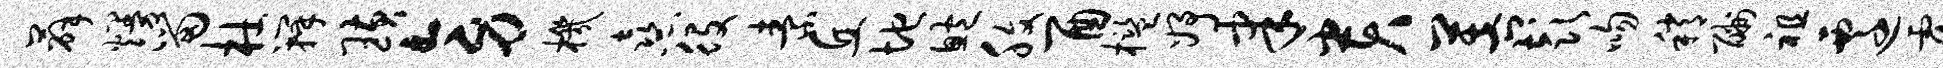
薛熳留杜瓣璜旁机熹役素丘地鲍腹酉槛妤聿贵菩彭吻稍酬祖迁覆